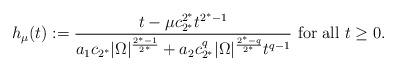
LaTeX: \begin{align*}h_\mu(t):=\frac{t-\mu c_{2^*}^{2^*} t^{2^*-1}}{a_1 c_{2^*}|\Omega|^\frac{2^*-1}{2^*} + a_2 c_{2^*}^q |\Omega|^\frac{2^*-q}{2^*} t^{q-1}} \mbox{ for all } t\geq 0.\end{align*}